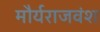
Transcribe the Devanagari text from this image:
मौर्यराजवंश